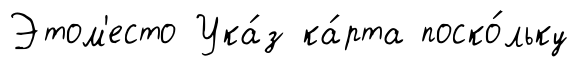
Этом'есто Ука́з ка́рта поско́льку